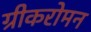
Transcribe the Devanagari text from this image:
ग्रीकरोमन